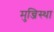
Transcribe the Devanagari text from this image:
मुन्जिस्था